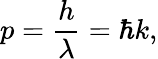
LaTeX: p={\frac{h}{\lambda}}=\hbar k,